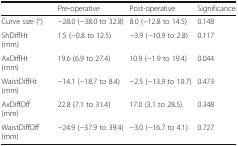
<table><thead><tr><td></td><td><b>Pre-operative</b></td><td><b>Post-operative</b></td><td><b>Significance</b></td></tr></thead><tbody><tr><td>Curve size (°)</td><td>−28.0 (−38.0 to 32.8)</td><td>8.0 (−12.8 to 14.5)</td><td>0.148</td></tr><tr><td>ShDiffHt (mm)</td><td>1.5 (−0.8 to 12.5)</td><td>−3.9 (−10.9 to 2.8)</td><td>0.117</td></tr><tr><td>AxDiffHt (mm)</td><td>19.6 (6.9 to 27.4)</td><td>10.9 (−1.9 to 19.4)</td><td>0.044</td></tr><tr><td>WaistDiffHt (mm)</td><td>−14.1 (−18.7 to 8.4)</td><td>−2.5 (−13.9 to 10.7)</td><td>0.473</td></tr><tr><td>AxDiffOff (mm)</td><td>22.8 (7.1 to 31.4)</td><td>17.0 (3.1 to 28.5)</td><td>0.348</td></tr><tr><td>WaistDiffOff (mm)</td><td>−24.9 (−37.9 to 39.4)</td><td>−3.0 (−16.7 to 4.1)</td><td>0.727</td></tr></tbody></table>